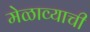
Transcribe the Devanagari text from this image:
मेळाव्याची